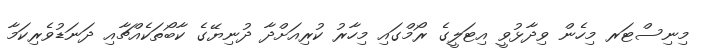
މިނިސްޓަރ މިހެން ވިދާޅުވީ އިޓަލީގެ ރޯމްގައި މިހާރު ކުރިއަށްދާ ދުނިޔޭގެ ކާބޯތަކެއްޗާއި ދަނަޑުވެރިކަމާ